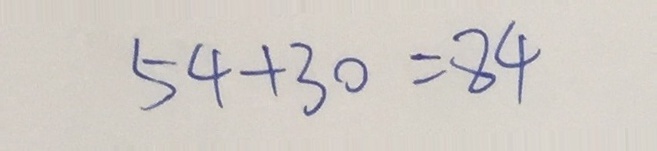
5 4 + 3 0 = 8 4